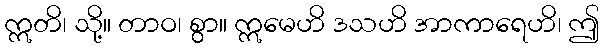
ဣတိ၊ သို့။ တာဝ၊ စွာ။ ဣမေဟိ ဒသဟိ အာကာရေဟိ၊ ဤ